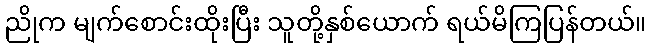
ညိုက မျက်စောင်းထိုးပြီး သူတို့နှစ်ယောက် ရယ်မိကြပြန်တယ်။